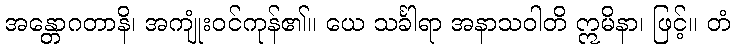
အန္တောဂတာနိ၊ အကျုံးဝင်ကုန်၏။ ယေ သင်္ခါရာ အနာသဝါတိ ဣမိနာ၊ ဖြင့်။ တံ